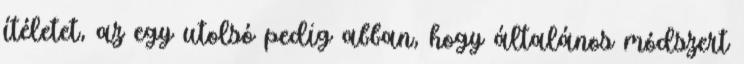
ítéletet, az egy utolsó pedig abban, hogy általános módszert